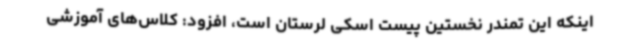
اینکه این تمندر نخستین پیست اسکی لرستان است، افزود: کلاس‌های آموزشی